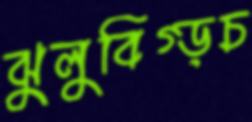
ঝুলুবিগ্‌ড়চ